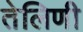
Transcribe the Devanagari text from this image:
तेलिणी